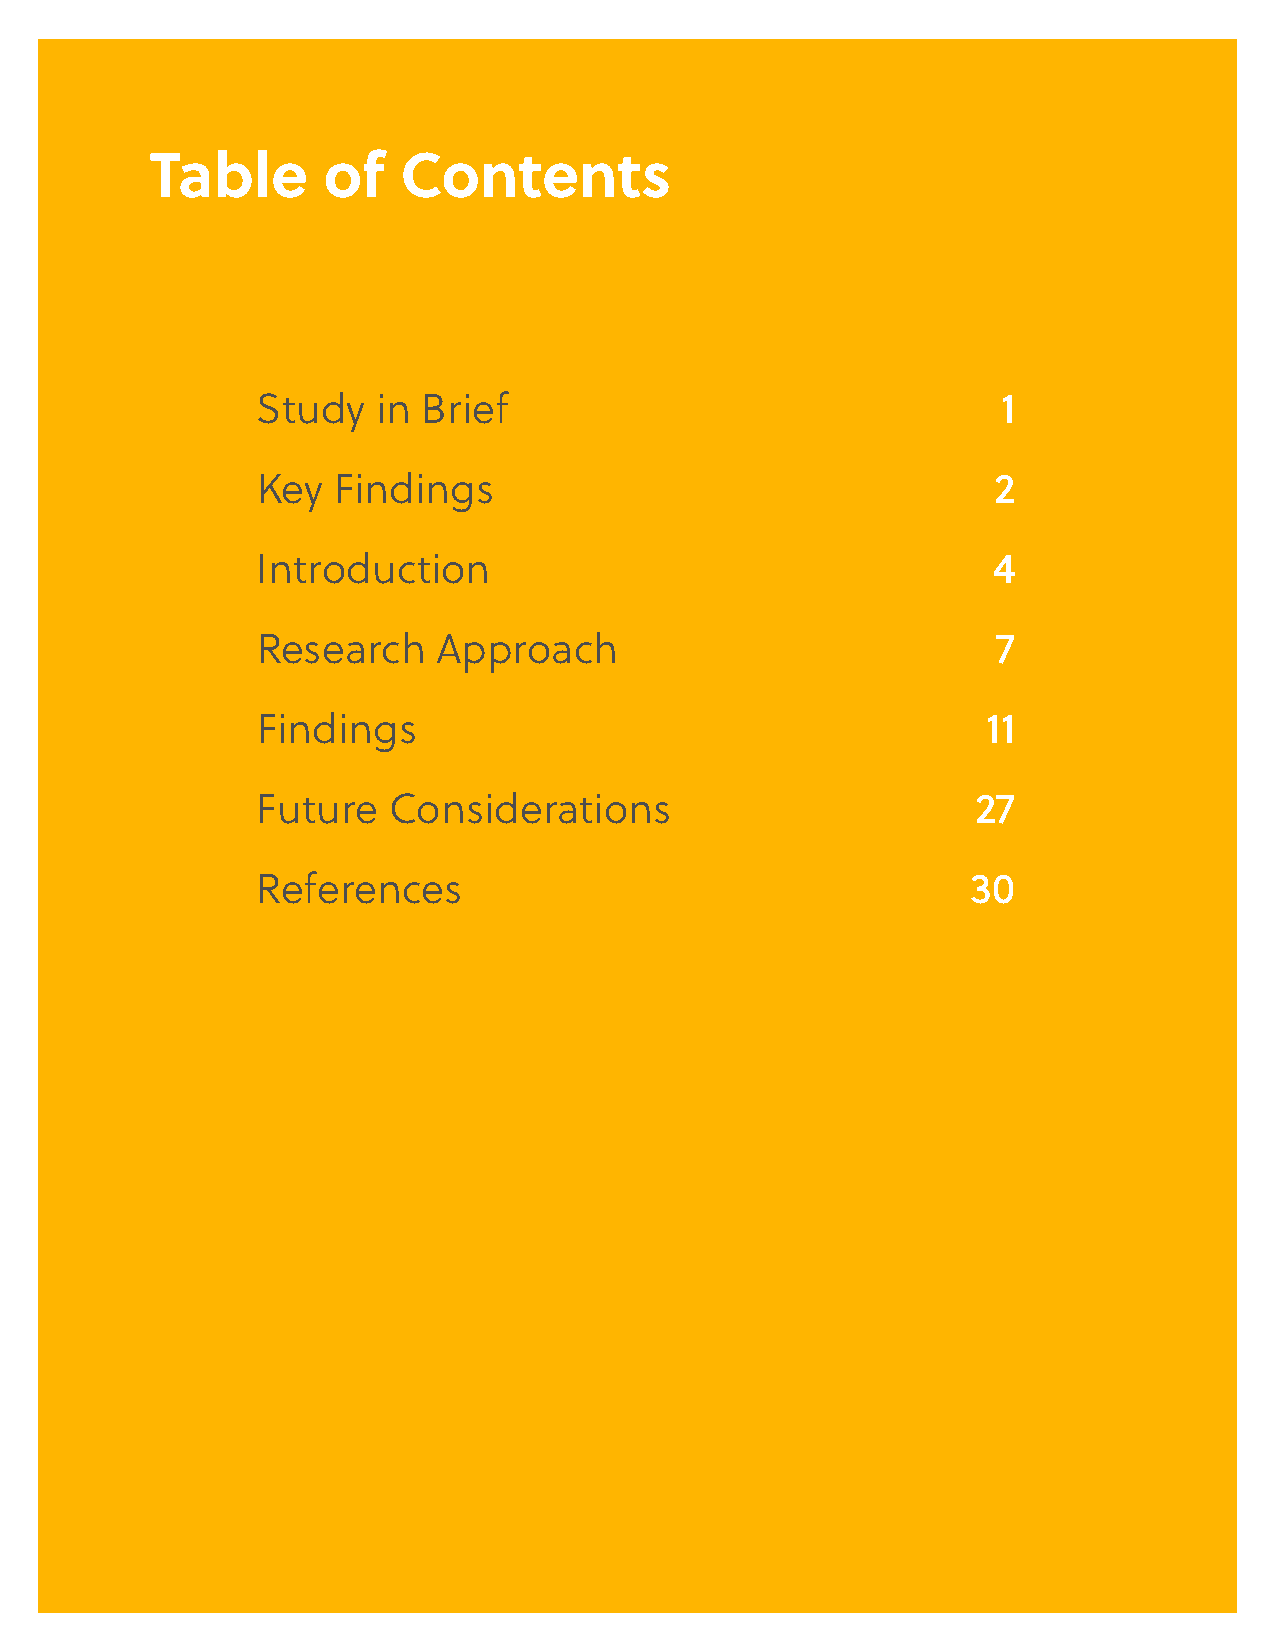
Table      of   Contents
 Study   in Brief                                 1
 Key  Findings                                    2
 Introduction                                     4
 Research    Approach                             7
 Findings                                        11
 Future   Considerations                         27
 References                                     30